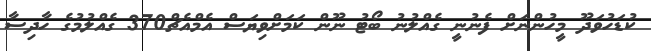
ކުޑަހުވަދޫ މީހުންނަށް ފެނުނީ ގެއްލުނު ބޯޓު ނޫން ކަމަށްވިޔަސް އެމްއެޗް370 ގެއްލުމުގެ ހާދިސާ